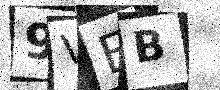
Text: 9VEB